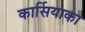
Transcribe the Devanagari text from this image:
कार्सियाका